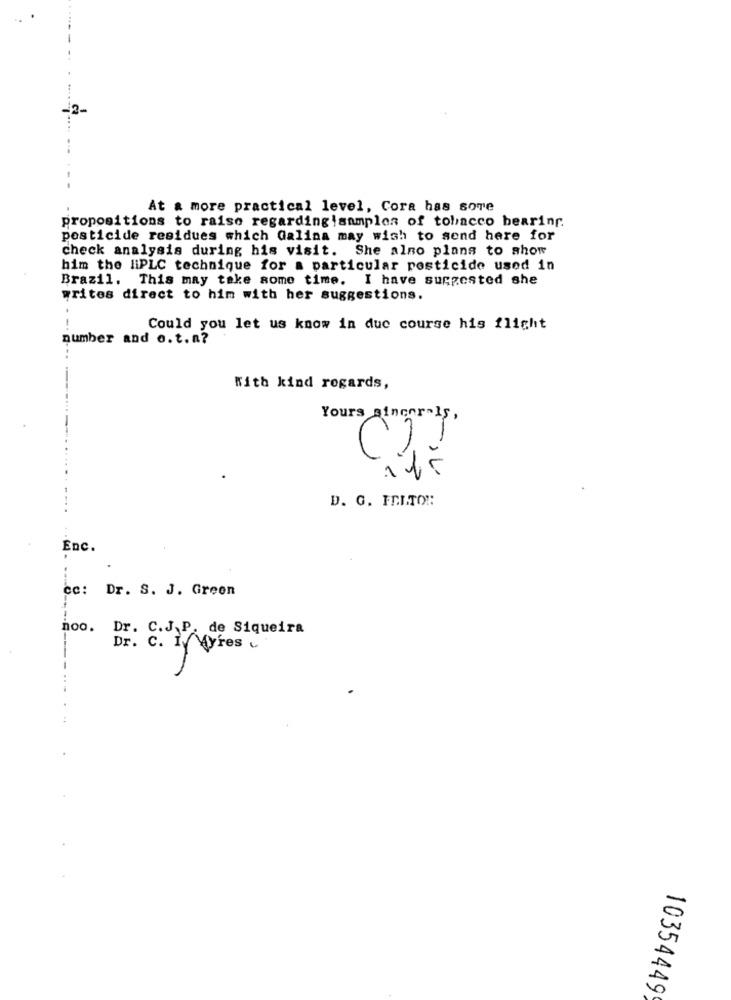
At & more practical level, Cora has sore
propositions to raise regarding!samples of tobacco bearing.
pesticide residues which Galina may wish to send here for
check analysis during his visit. She alno plans to show
him the liPLC technique for a particular pesticide used in
Brazil. This may take some time. I have suggested she
writes direct to him with her suggestions.
Could you let us know in due course his flight
number and o.t.n?
...
With kind regards,
Yours sincer Is,
D. G. FEITO !:
Enc.
CC: Dr. S. J. Green
noo.
Dr. C.J.P. de Siqueira
Dr. c. IVAyres
10354449